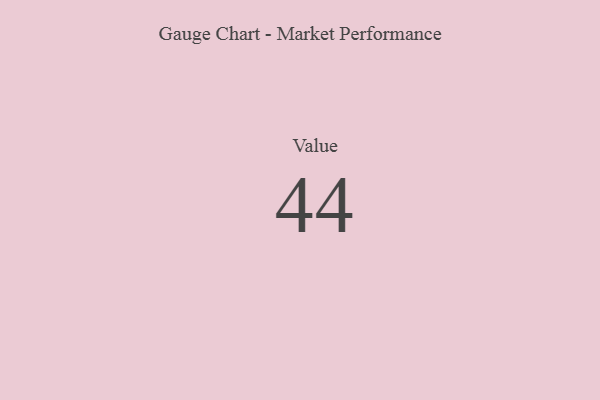
{"axis": {"x": "Metric", "y": "Value"}, "legend": [""], "data": [{"x": "Value", "y": 44, "type": ""}]}